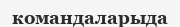
командаларыда